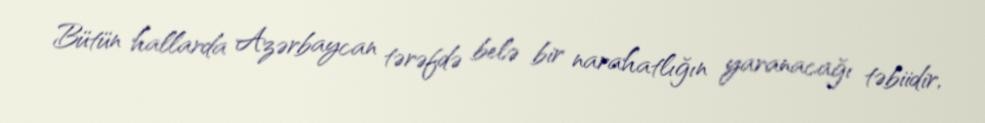
Bütün hallarda Azərbaycan tərəfdə belə bir narahatlığın yaranacağı təbiidir,